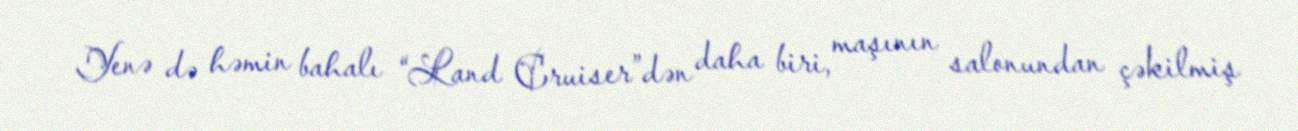
Yenə də həmin bahalı “Land Cruiser”dən daha biri, maşının salonundan çəkilmiş